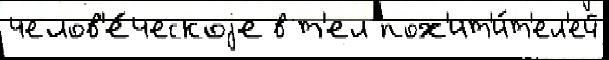
челов'е́ческоjе в т'ел пох'ит'и́т'ел'ей